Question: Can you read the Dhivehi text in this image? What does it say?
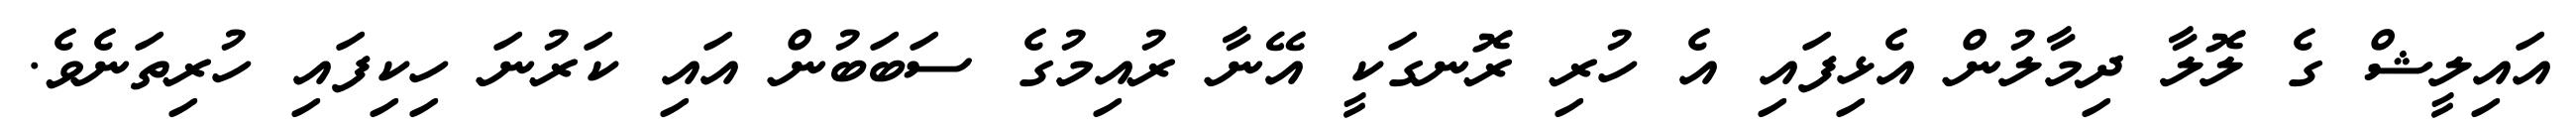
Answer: އައިލީޝް ގެ ލޮލާ ދިމާލުން އެޅިފައި އެ ހުރި ރޮނގަކީ އޭނާ ރުއިމުގެ ސަބަބުން އައި ކަރުނަ ހިކިފައި ހުރިތަނެވެ.